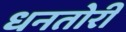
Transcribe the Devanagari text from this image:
धनतोरी